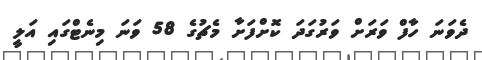
ދެވަނަ ހާފް ވަރަށް ވަރުގަދަ ކޮށްފަށާ މެޗުގެ 58 ވަނަ މިނެޓްގައި އަލީ